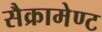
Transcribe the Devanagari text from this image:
सैक्रामेण्ट